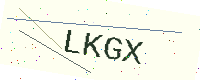
Text: LKGX